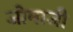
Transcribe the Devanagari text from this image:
जोमाजी